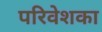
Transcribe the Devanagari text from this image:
परिवेशका